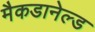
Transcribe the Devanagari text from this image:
मैकडानेल्ड